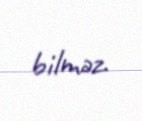
bilməz.